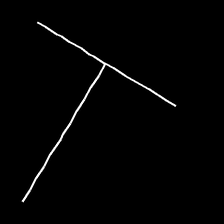
Glyph: column